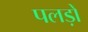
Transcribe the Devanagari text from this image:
पलड़ों